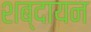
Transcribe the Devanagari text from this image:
शब्दायन